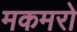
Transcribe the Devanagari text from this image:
मकमरो